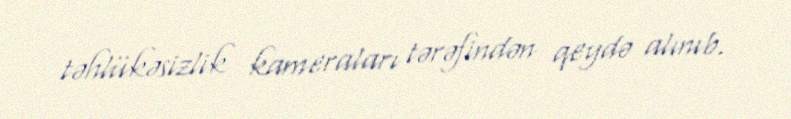
təhlükəsizlik kameraları tərəfindən qeydə alınıb.